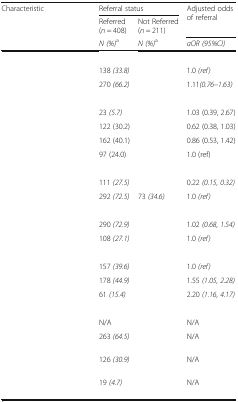
<table><thead><tr><td rowspan="3"><b>Characteristic</b></td><td colspan="2"><b>Referral status</b></td><td rowspan="2"><b>Adjusted odds of referral</b></td></tr><tr><td><b>Referred(<i>n</i> = 408)</b></td><td><b>Not Referred(<i>n</i> = 211)</b></td></tr><tr><td><b><i>N (%)</i><sup>a</sup></b></td><td><b><i>N (%)</i><sup>a</sup></b></td><td><b><i>aOR (95%CI)</i></b></td></tr></thead><tbody><tr><td colspan="4">[EMPTY_CELL]</td></tr><tr><td>[EMPTY_CELL]</td><td>138 <i>(33.8)</i></td><td>[EMPTY_CELL]</td><td>1.0 <i>(ref)</i></td></tr><tr><td>[EMPTY_CELL]</td><td>270 <i>(66.2)</i></td><td>[EMPTY_CELL]</td><td>1.11<i>(0.76–1.63)</i></td></tr><tr><td colspan="4">[EMPTY_CELL]</td></tr><tr><td>[EMPTY_CELL]</td><td>23 <i>(5.7)</i></td><td>[EMPTY_CELL]</td><td>1.03 (0.39, 2.67)</td></tr><tr><td>[EMPTY_CELL]</td><td>122 (30.2)</td><td>[EMPTY_CELL]</td><td>0.62 (0.38, 1.03)</td></tr><tr><td>[EMPTY_CELL]</td><td>162 (40.1)</td><td>[EMPTY_CELL]</td><td>0.86 (0.53, 1.42)</td></tr><tr><td>[EMPTY_CELL]</td><td>97 (24.0)</td><td>[EMPTY_CELL]</td><td>1.0 (ref)</td></tr><tr><td colspan="4">[EMPTY_CELL]</td></tr><tr><td>[EMPTY_CELL]</td><td>111 <i>(27.5)</i></td><td>[EMPTY_CELL]</td><td>0.22 <i>(0.15, 0.32)</i></td></tr><tr><td>[EMPTY_CELL]</td><td>292 <i>(72.5)</i></td><td>73 <i>(34.6)</i></td><td>1.0 <i>(ref)</i></td></tr><tr><td colspan="4">[EMPTY_CELL]</td></tr><tr><td>[EMPTY_CELL]</td><td>290 <i>(72.9)</i></td><td>[EMPTY_CELL]</td><td>1.02 <i>(0.68, 1.54)</i></td></tr><tr><td>[EMPTY_CELL]</td><td>108 <i>(27.1)</i></td><td>[EMPTY_CELL]</td><td>1.0 <i>(ref)</i></td></tr><tr><td colspan="4">[EMPTY_CELL]</td></tr><tr><td>[EMPTY_CELL]</td><td>157 <i>(39.6)</i></td><td>[EMPTY_CELL]</td><td>1.0 <i>(ref)</i></td></tr><tr><td>[EMPTY_CELL]</td><td>178 <i>(44.9)</i></td><td>[EMPTY_CELL]</td><td>1.55 <i>(1.05, 2.28)</i></td></tr><tr><td>[EMPTY_CELL]</td><td>61 <i>(15.4)</i></td><td>[EMPTY_CELL]</td><td>2.20 <i>(1.16, 4.17)</i></td></tr><tr><td colspan="4">[EMPTY_CELL]</td></tr><tr><td>[EMPTY_CELL]</td><td>N/A</td><td>[EMPTY_CELL]</td><td>N/A</td></tr><tr><td>[EMPTY_CELL]</td><td>263 <i>(64.5)</i></td><td>[EMPTY_CELL]</td><td>N/A</td></tr><tr><td>[EMPTY_CELL]</td><td>126 <i>(30.9)</i></td><td>[EMPTY_CELL]</td><td>N/A</td></tr><tr><td>[EMPTY_CELL]</td><td>19 <i>(4.7)</i></td><td>[EMPTY_CELL]</td><td>N/A</td></tr></tbody></table>